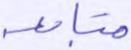
متابعة